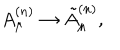
LaTeX: A _ { \mu } ^ { ( n ) } \rightarrow \tilde { A } _ { \mu } ^ { ( n ) } ,